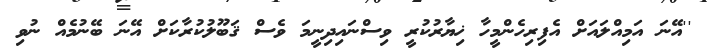
''އޭނަ އަމިއްލައަށް އެފިރިހެންމީހާ ޚިޔާރުކުރީ ވިސްނައިދިނީމަ ވެސް ޤަބޫލުކުރާކަށް އޭނަ ބޭނުމެއް ނުވި